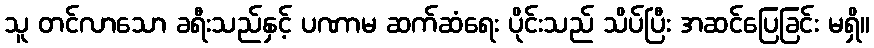
သူ တင်လာသော ခရီးသည်နှင့် ပဏာမ ဆက်ဆံရေး ပိုင်းသည် သိပ်ပြီး အဆင်ပြေခြင်း မရှိ။